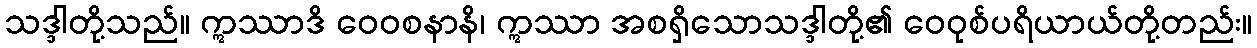
သဒ္ဒါတို့သည်။ ဣဿာဒိ ဝေဝစနာနိ၊ ဣဿာ အစရှိသောသဒ္ဒါတို့၏ ဝေဝုစ်ပရိယာယ်တို့တည်း။